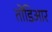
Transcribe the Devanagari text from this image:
तोंडिआर